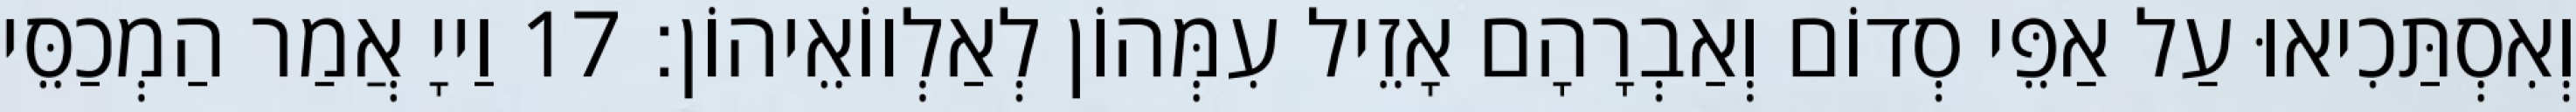
וְאִסְתַּכִיאוּ עַל אַפֵּי סְדוֹם וְאַבְרָהָם אָזֵיל עִמְּהוֹן לְאַלְווֹאֵיהוֹן׃ 17 וַייָ אֲמַר הַמְכַסֵּי